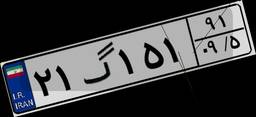
۶۱گ۷۵۱۲۸